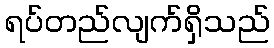
ရပ်တည်လျက်ရှိသည်